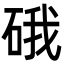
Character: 硪